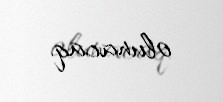
olunacaq.